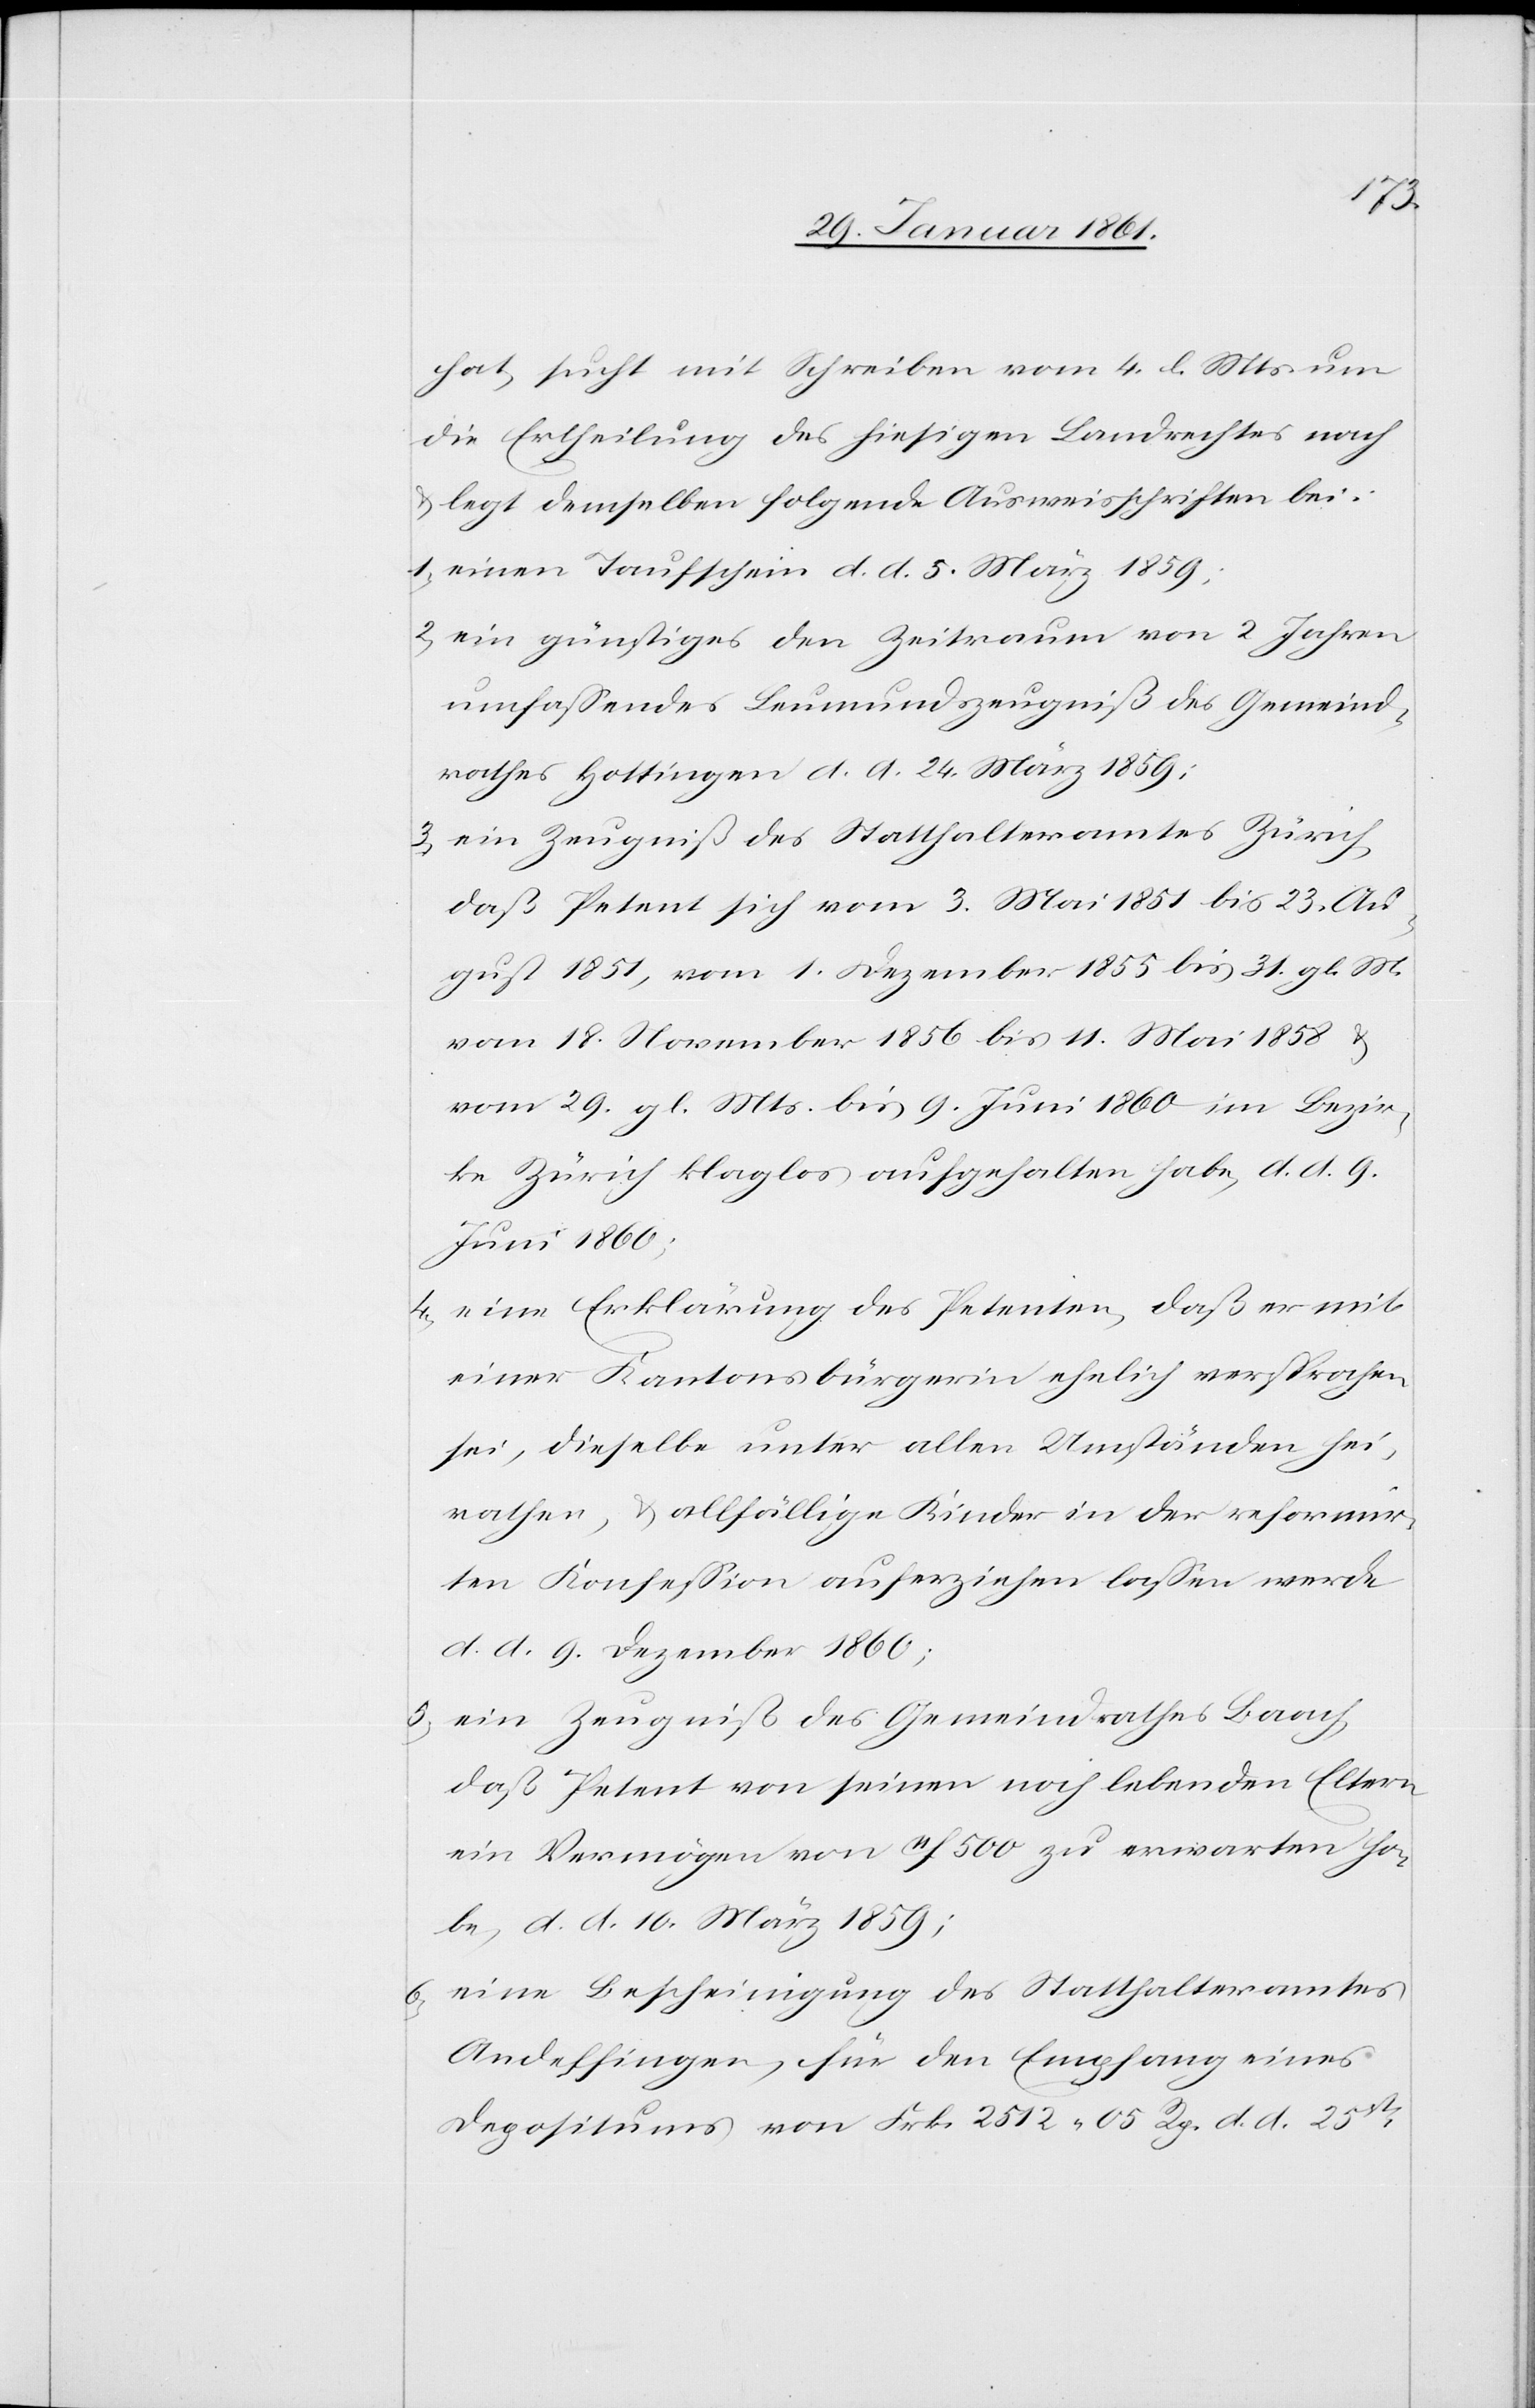
hat, sucht mit Schreiben vom 4. l. Mts. um
die Ertheilung des hiesigen Landrechts nach
u. legt demselben folgende Ausweisschriften bei:
1) einen Taufschein d. d. 5. März 1859;
2) ein günstiges den Zeitraum von 2 Jahren
umfassendes Leumundszeugniß des Gemeind¬
rathes Hottingen d. d. 24. März 1859;
3) ein Zeugniß des Statthalteramtes Zürich,
daß Petent sich vom 3. Mai 1851 bis 23. Au¬
gust 1851, vom 1. Dezember 1855 bis 31. gl. M.[,]
vom 18. November 1856 bis 11. Mai 1858 u.
vom 29. gl. Mts. bis 9. Juni 1860 im Bezir¬
ke Zürich klaglos aufgehalten habe, d. d. 9.
Juni 1860;
4) eine Erklärung des Petenten, daß er mit
einer Kantonsbürgerin ehelich versprochen
sei, dieselbe unter allen Umständen hei¬
rathen, u. allfällige Kinder in der reformir¬
ten Konfession auferziehen lassen werde
d. d. 9. Dezember 1860;
5) ein Zeugniß des Gemeindrathes Baach,
daß Petent von seinen noch lebenden Eltern
ein Vermögen von 11f 500 zu erwarten ha¬
be, d. d. 10. März 1859;
6) eine Bescheinigung des Statthalteramtes
Andelfingen, für den Empfang eines
Depositums von Frk. 2512 05 Rp. d. d. 25st